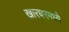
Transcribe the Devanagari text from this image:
खारघरमध्ये